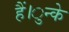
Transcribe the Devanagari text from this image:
हैं।ुन्के